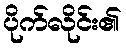
ပိုက်လိုင်း၏